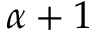
\alpha + 1